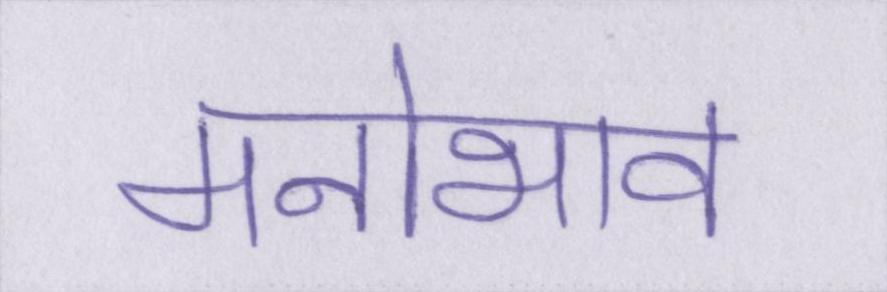
मनोभाव